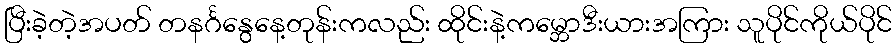
ပြီးခဲ့တဲ့အပတ် တနင်္ဂနွေနေ့တုန်းကလည်း ထိုင်းနဲ့ကမ္ဘောဒီးယားအကြား သူပိုင်ကိုယ်ပိုင်